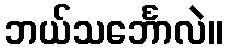
ဘယ်သင်္ဘောလဲ။